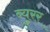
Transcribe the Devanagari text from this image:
ब्युरर